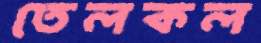
তেলকল